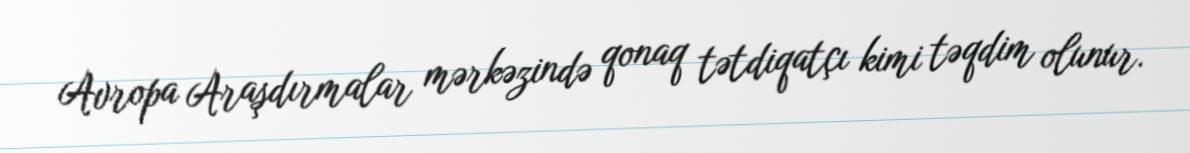
Avropa Araşdırmalar mərkəzində qonaq tətdiqatçı kimi təqdim olunur.